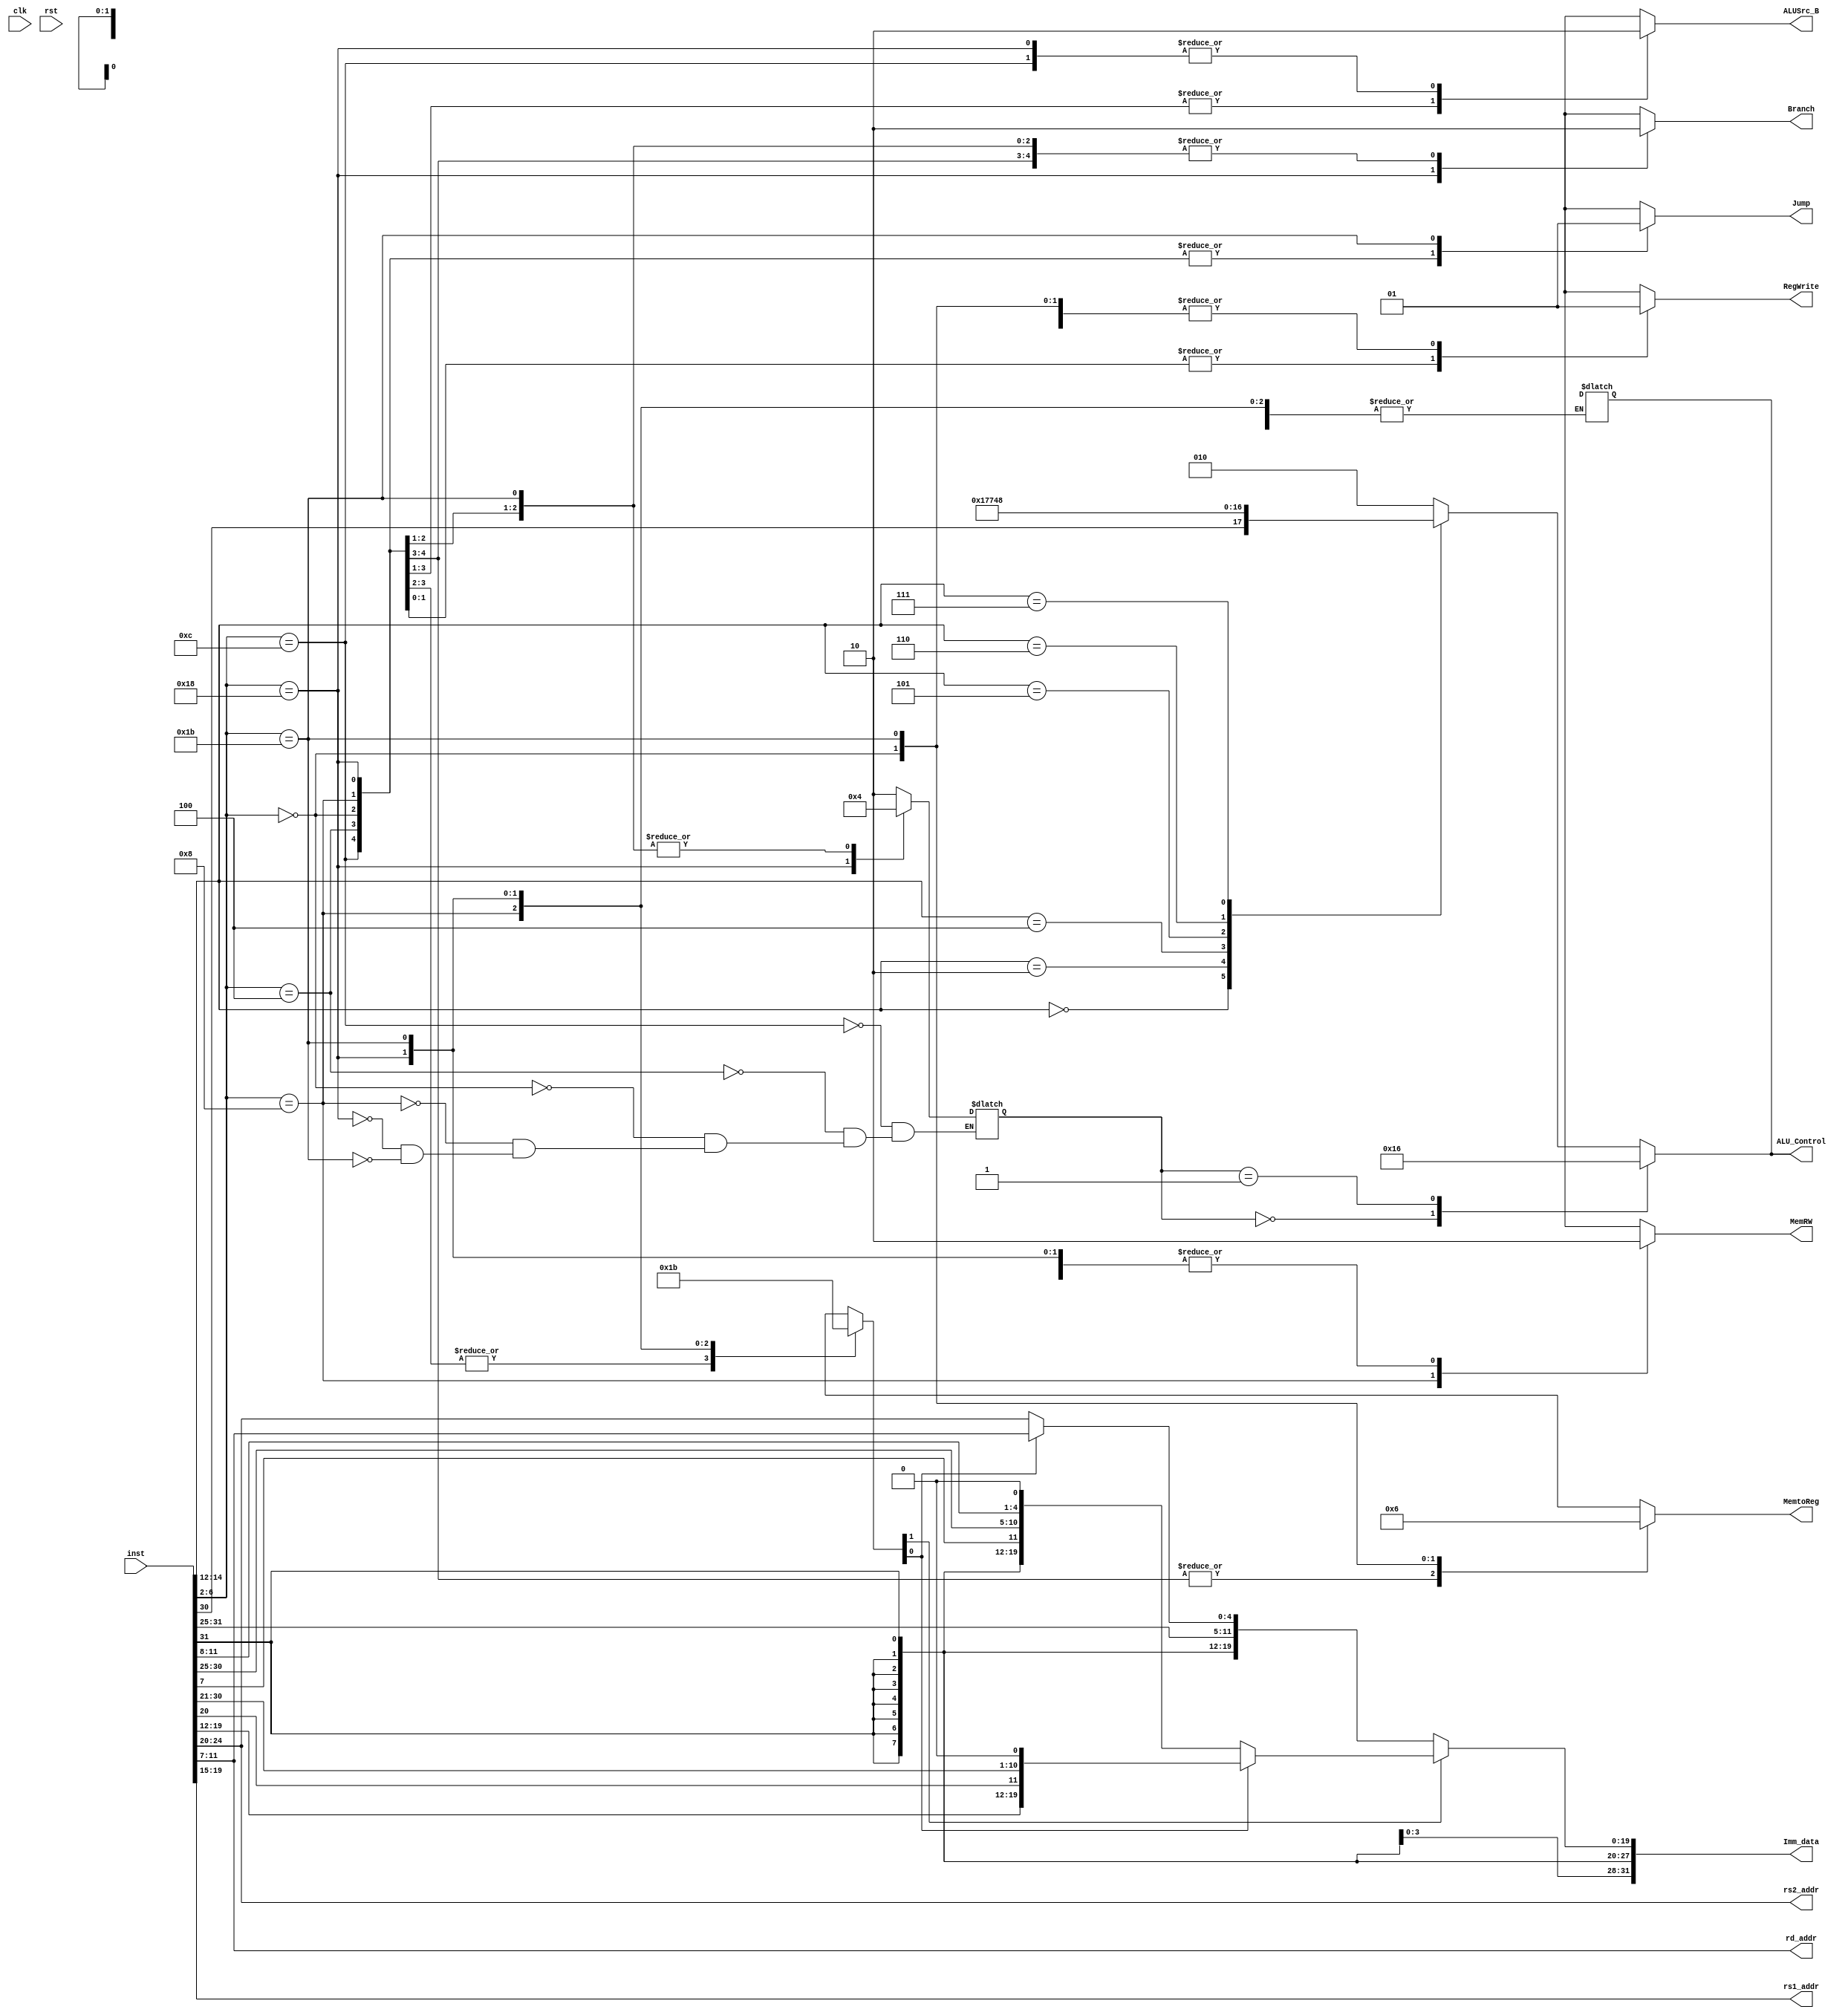
module Pipeline_ID(
    input clk,
    input rst,
    input [31:0] inst,
    
    output [4:0] rs1_addr,
    output [4:0] rs2_addr,
    output [4:0] rd_addr,
    output [31:0] Imm_data,
    

    output reg ALUSrc_B,
    output reg [1:0] MemtoReg,
    output reg Branch,
    output reg Jump,
    output reg RegWrite,
    output reg MemRW,
    output reg [2:0] ALU_Control
);

    reg [1:0] ALU_op;
    wire [4:0] OPcode = inst[6:2];
    wire [2:0] Fun3 = inst[14:12];
    wire Fun7 = inst[30];
    reg [1:0] ImmSel;
    always @(*) begin
        case(OPcode)
            5'b01100: begin //R-Type
                ImmSel = 2'bxx;
                ALUSrc_B = 0;
                MemtoReg = 0;
                Jump = 0;
                Branch = 0;
                RegWrite = 1;
                MemRW = 0;
                ALU_op = 2'b10;    
            end
            5'b00100: begin //I-type arithmetic & logic
                ImmSel = 2'b00;
                ALUSrc_B = 1;
                MemtoReg = 0;
                Jump = 0;
                Branch = 0;
                RegWrite = 1;
                MemRW = 0;
                ALU_op = 2'b10; 
            end
            5'b00000: begin //lw
                ImmSel = 2'b00;
                ALUSrc_B = 1;
                MemtoReg = 1;
                Jump = 0;
                Branch = 0;
                RegWrite = 1;
                MemRW = 0;
                ALU_op = 2'b00;
            end
            5'b01000: begin //S-Type
                ImmSel = 2'b01;
                ALUSrc_B = 1;
                MemtoReg = 2'bxx;
                Jump = 0;
                Branch = 0;
                RegWrite = 0;
                MemRW = 1;
                ALU_op = 2'b00; 
            end
            5'b11000: begin //B-Type
                ImmSel = 2'b10;
                ALUSrc_B = 0;
                MemtoReg = 2'bxx;
                Jump = 0;
                Branch = 1;
                RegWrite = 0;
                MemRW = 0;
                ALU_op = 2'b01;
            end
            5'b11011: begin //J-Type
                ImmSel = 2'b11;
                ALUSrc_B = 1'bx;
                MemtoReg = 2'b10;
                Jump = 1;
                Branch = 0;
                RegWrite = 1;
                MemRW = 0;
                ALU_op = 2'b00;
            end
            default: begin
                ImmSel = 2'bxx;
                ALUSrc_B = 1'bx;
                MemtoReg = 2'bxx;
                Jump = 1'bx;
                Branch = 1'bx;
                RegWrite = 1'bx;
                MemRW = 1'bx;
                ALU_Control = 3'bxxx;
            end
        endcase
    end 

    always @(*) begin
        case(ALU_op)
            2'b00: begin // add
                ALU_Control = 3'b010;
            end
            2'b01: begin // sub
                ALU_Control = 3'b110;
            end
            default: begin // R-type
                case(Fun3) 
                    3'b000: begin // add
                        ALU_Control = {Fun7, 2'b10};
                    end
                    3'b010: begin
                        ALU_Control = 3'b111;
                    end
                    3'b100: begin
                        ALU_Control = 3'b011;
                    end
                    3'b101: begin
                        ALU_Control = 3'b101;
                    end
                    3'b110: begin
                        ALU_Control = 3'b001;
                    end
                    3'b111: begin
                        ALU_Control = 3'b000;
                    end
                    default: begin
                        ALU_Control = 3'b010;
                    end
                endcase 
            end
        endcase
    end

    assign Imm_data = ImmSel[1] ? (
        ImmSel[0] ? 
            {{12{inst[31]}}, inst[19:12], inst[20], inst[30:21], 1'b0} : 
            {{20{inst[31]}}, inst[7], inst[30:25], inst[11:8], 1'b0}
    ) : (
        ImmSel[0] ? {{21{inst[31]}}, inst[30:25], inst[11:7]} :
        {{21{inst[31]}}, inst[30:20]}
    );

    assign rs1_addr = inst[19:15];
    assign rs2_addr = inst[24:20];
    assign rd_addr = inst[11:7];

endmodule